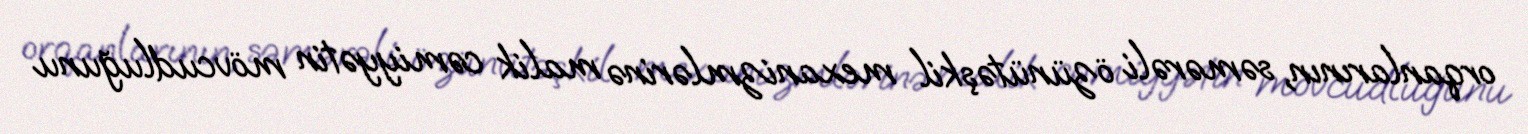
orqanlarının, səmərəli özünütəşkil mexanizmlərinə malik cəmiyyətin mövcudluğunu